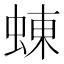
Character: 蝀